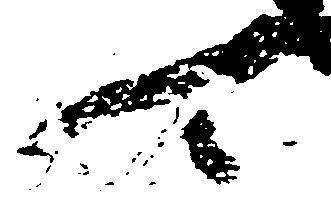
可